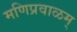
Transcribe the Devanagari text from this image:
मणिप्रवाळम्